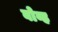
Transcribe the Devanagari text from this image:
बोव्ह